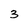
Character: 3